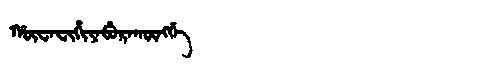
Manchu: ᡥᡡᠸᠠᠸᡳᡥᡳᠶᠠᠪᡠᡵᠠᡴᡡᠩᡤᡝ
Romanization: HŪWAFIHIYABURAKŪNGGE